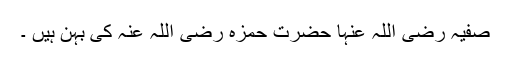
صفیہ رضی اللہ عنہا حضرت حمزہ رضی اللہ عنہ کی بہن ہیں ۔